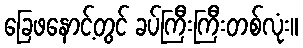
ခြေဖနောင့်တွင် ခပ်ကြီးကြီးတစ်လုံး။